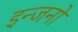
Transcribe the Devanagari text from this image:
इन्जनो